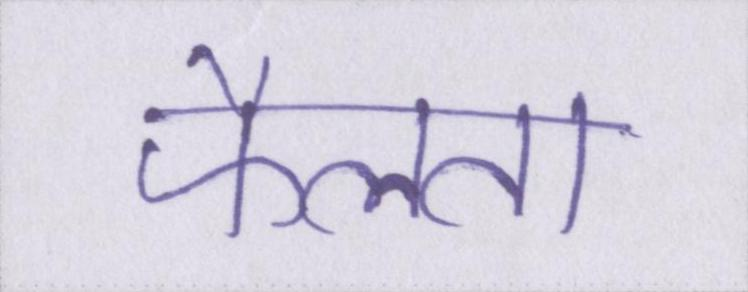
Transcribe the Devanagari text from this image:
फैलता